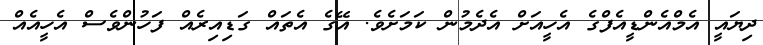
ދިޔައީ އެމްއެންޑީއެފްގެ އެހީއަށް އެދެމުން ކަމަށެވެ. އޭގެ އެތައް ގަޑިއިރެއް ފަހުންވެސް އެހީއެއް